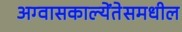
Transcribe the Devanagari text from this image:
अग्वासकाल्येंतेसमधील